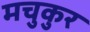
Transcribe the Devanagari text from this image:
मचुकुर